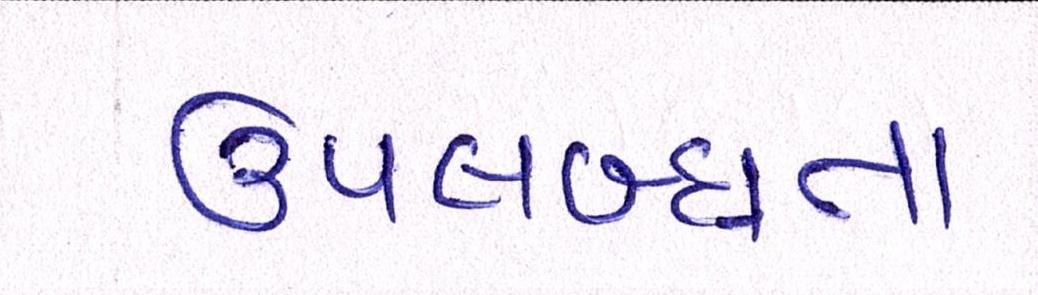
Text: ઉપલબ્ધતા